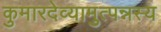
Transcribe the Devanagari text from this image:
कुमारदेव्यामुत्पन्नस्य